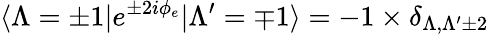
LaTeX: \langle\Lambda=\pm 1|e^{\pm 2i\phi_{e}}|\Lambda^{\prime}=\mp 1\rangle=-1\times\delta_{\Lambda,\Lambda^{\prime}\pm 2}